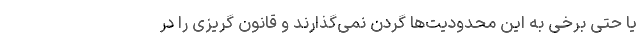
یا حتی برخی به این محدودیت‌ها گردن نمی‌گذارند و قانون گریزی را در